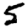
Digit: 5